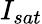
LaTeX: I_{sat}